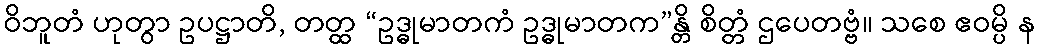
ဝိဘူတံ ဟုတွာ ဥပဋ္ဌာတိ, တတ္ထ “ဥဒ္ဓုမာတကံ ဥဒ္ဓုမာတက”န္တိ စိတ္တံ ဌပေတဗ္ဗံ။ သစေ ဧဝမ္ပိ န